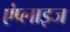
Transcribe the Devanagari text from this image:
एंप्लाइज